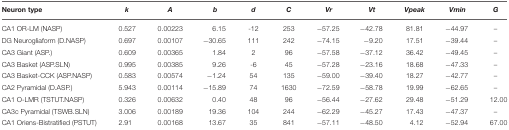
| Neuron type | k | A | b | d | C | Vr | Vt | Vpeak | Vmin | G |
 | --- | --- | --- | --- | --- | --- | --- | --- | --- | --- | --- |
 | CA1 OR-LM (NASP) | 0.527 | 0.00223 | 6.15 | -12 | 253 | −57.25 | −42.78 | 81.81 | −44.97 | – |
 | DG Neurogliaform (D.NASP) | 0.697 | 0.00107 | −30.65 | 111 | 242 | −74.15 | −9.20 | 17.51 | −39.44 | – |
 | CA3 Giant (ASP.) | 0.609 | 0.00365 | 1.84 | 2 | 96 | −57.58 | −37.12 | 36.42 | −49.45 | – |
 | CA3 Basket (ASP.SLN) | 0.995 | 0.00385 | 9.26 | -6 | 45 | −57.28 | −23.16 | 18.68 | −47.33 | – |
 | CA3 Basket-CCK (ASP.NASP) | 0.583 | 0.00574 | −1.24 | 54 | 135 | −59.00 | −39.40 | 18.27 | −42.77 | – |
 | CA2 Pyramidal (D.ASP.) | 5.943 | 0.00114 | −15.89 | 74 | 1630 | −72.59 | −58.78 | 19.99 | −62.65 | – |
 | CA1 O-LMR (TSTUT.NASP) | 0.326 | 0.00632 | 0.40 | 48 | 96 | −56.44 | −27.62 | 29.48 | −51.29 | 12.00 |
 | CA3c Pyramidal (TSWB.SLN) | 3.006 | 0.00189 | 19.36 | 104 | 244 | −62.29 | −45.27 | 17.43 | −47.37 | – |
 | CA1 Oriens-Bistratified (PSTUT) | 2.91 | 0.00168 | 13.67 | 35 | 841 | −57.11 | −48.50 | 4.12 | −52.94 | 67.00 |